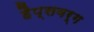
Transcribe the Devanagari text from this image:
हैप्सवर्ग